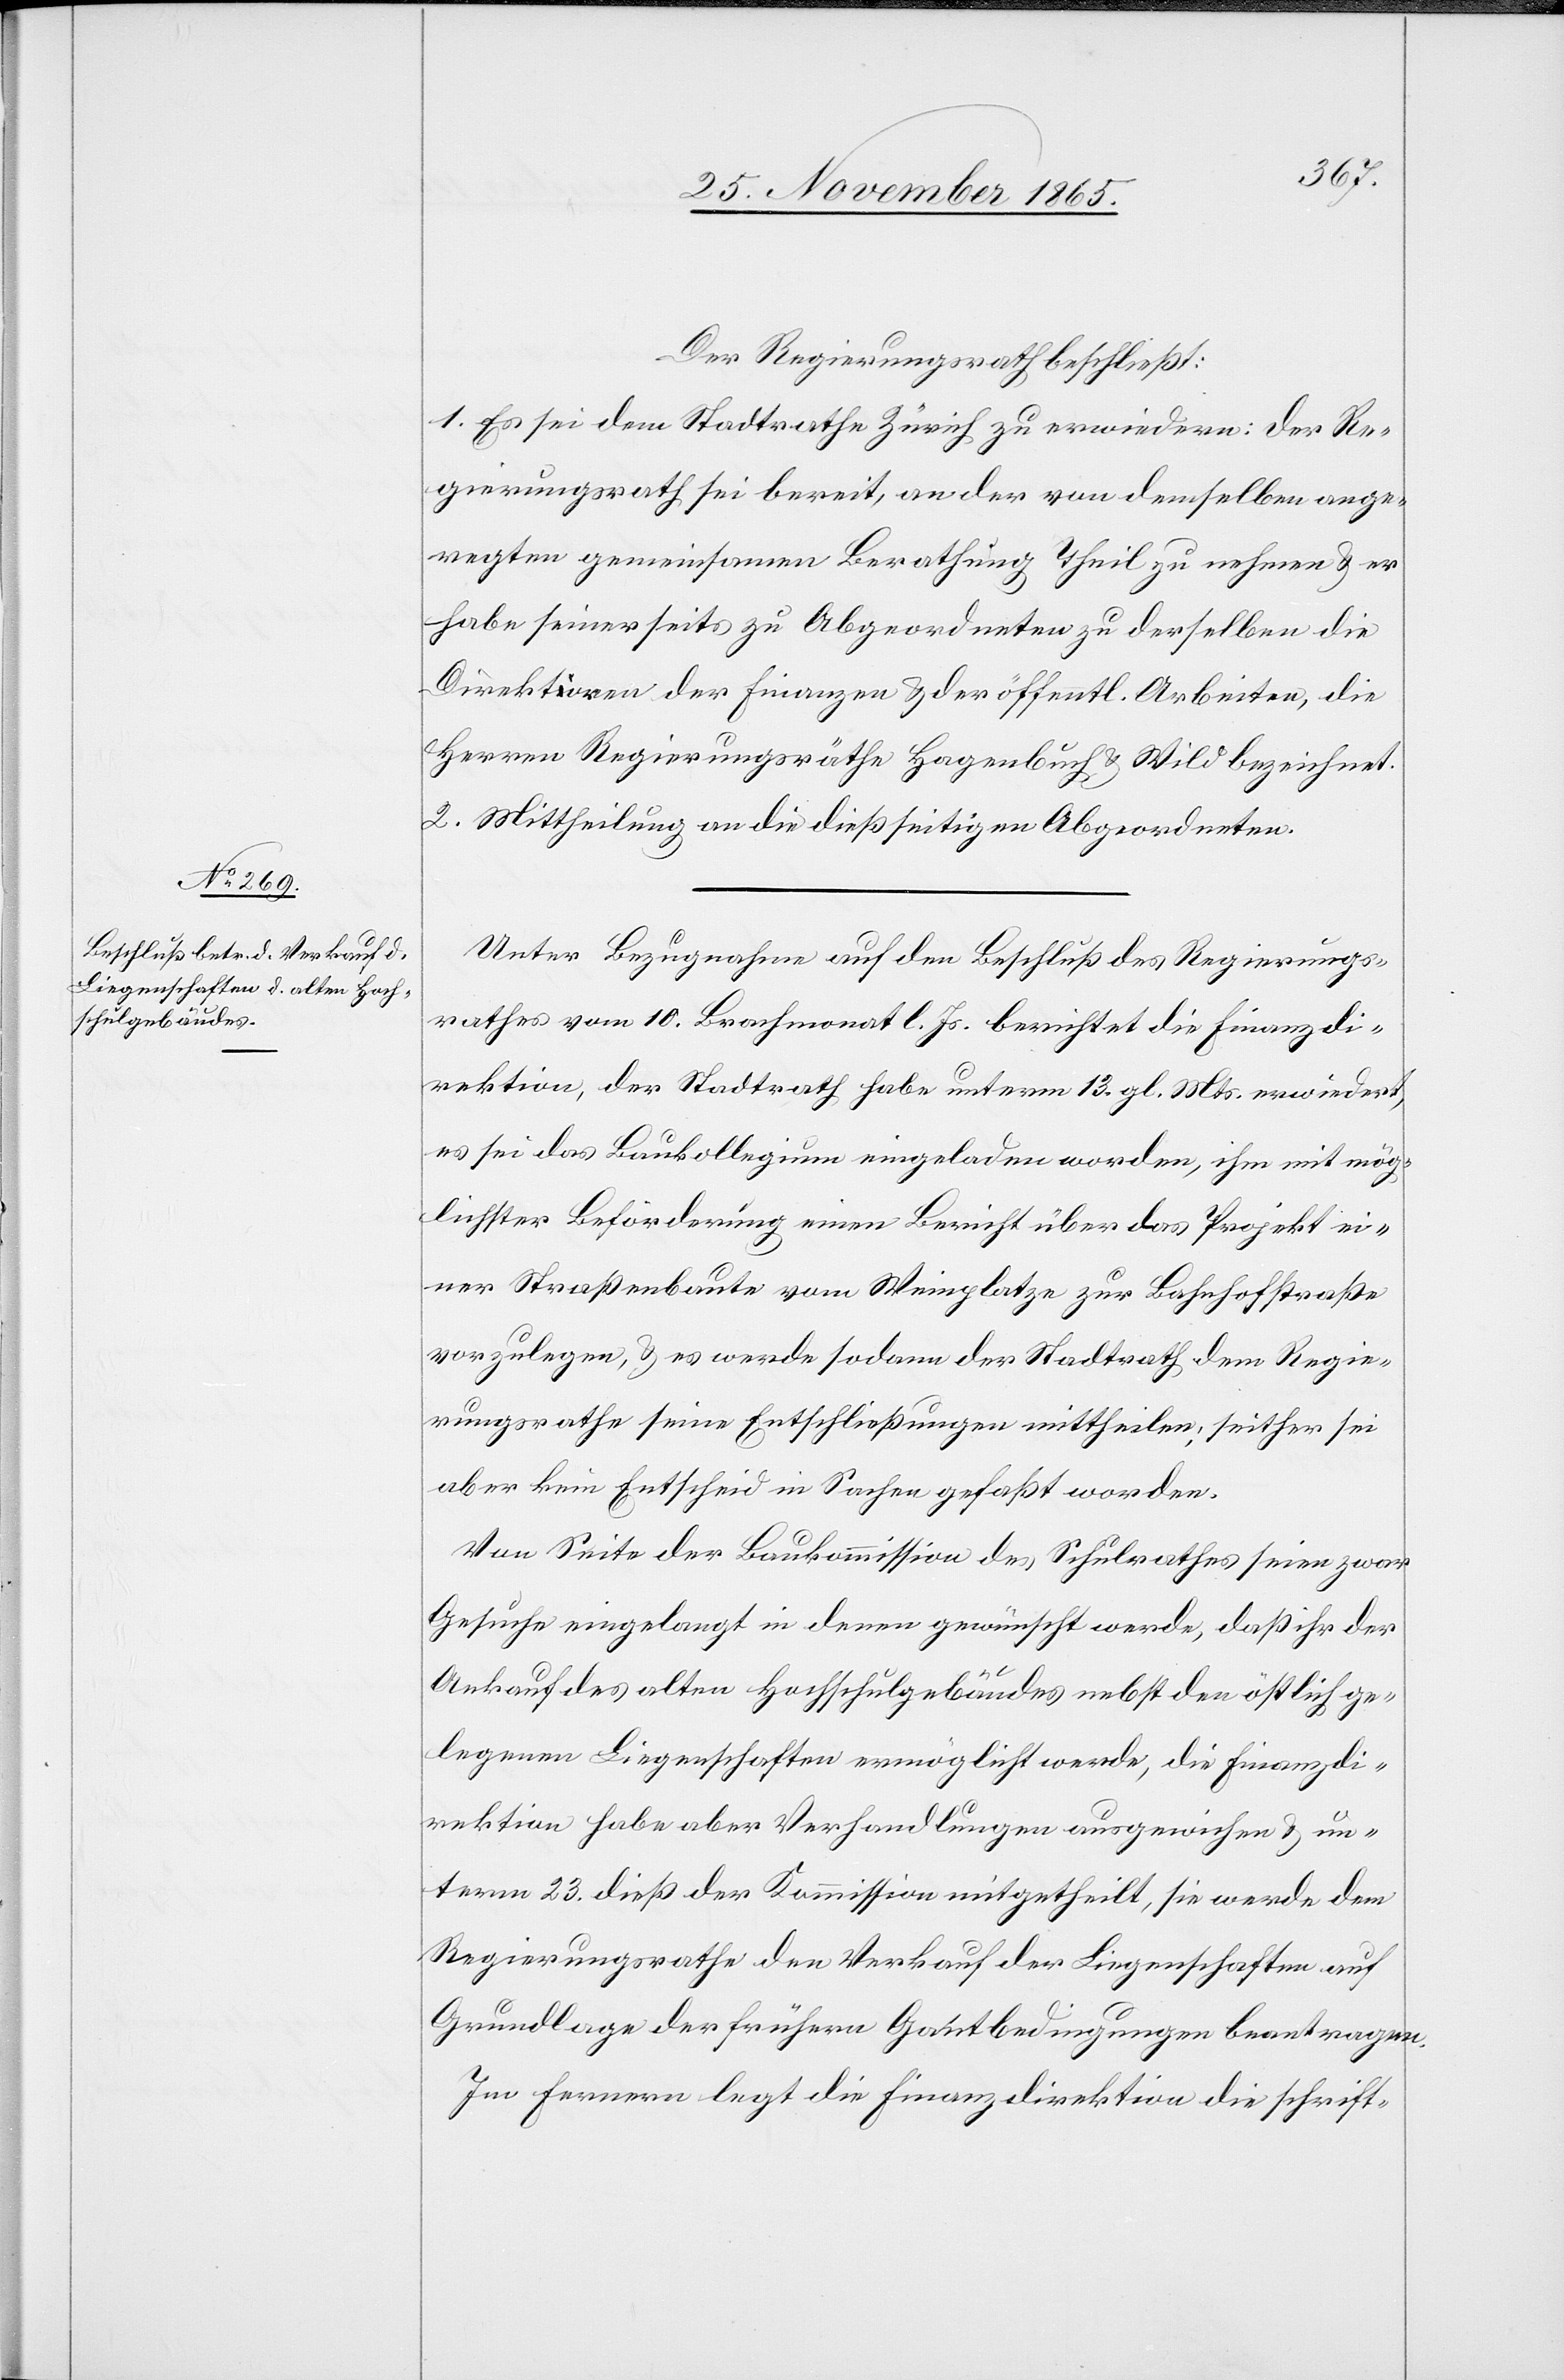
Der Regierungsrath beschließt:
1. Es sei dem Stadtrathe Zürich zu erwiedern: Der Re¬
gierungsrath sei bereit, an der von demselben ange¬
regten gemeinsamen Berathung Theil zu nehmen & er
habe seinerseits zu Abgeordneten zu derselben die
Direktoren der Finanzen & der öffentl. Arbeiten, die
Herren Regierungsräthe Hagenbuch & Wild bezeichnet.
2. Mittheilung an die dießseitigen Abgeordneten.
Unter Bezugnahme auf den Beschluß des Regierungs¬
rathes vom 10. Brachmonat l. Js. berichtet die Finanzdi¬
rektion, der Stadtrath habe unterm 13. gl. Mts. erwiedert,
es sei das Baukollegium eingeladen worden, ihm mit mög¬
lichster Beförderung einen Bericht über das Projekt ei¬
ner Straßenbaute vom Weinplatze zur Bahnhofstraße
vorzulegen, & es werde sodann der Stadtrath dem Regie¬
rungsrathe seine Entschließungen mittheilen, seither sei
aber kein Entscheid in Sachen gefasst worden.
Von Seite der Baukommission des Schulrathes seien zwar
Gesuche eingelegt in denen gewünscht werde, daß ihr der
Ankauf des alten Hochschulgebäudes nebst den örtlich ge¬
legenen Liegenschaften ermöglicht werde, die Finanzdi¬
rektion habe aber Verhandlungen ausgewichen & un¬
term 23. dieß der Kommission mitgetheilt, sie werde dem
Regierungsrathe den Verkauf der Liegenschaften auf
Grundlage der frühern Gantbedingungen beantragen.
Im Fernern legt die Finanzdirektion die schrift-